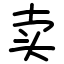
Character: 卖